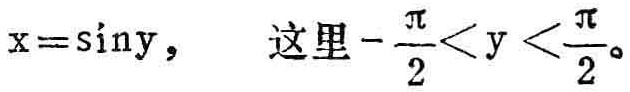
$x = \sin y,\quad 这里-\frac{\pi}{2}<y<\frac{\pi}{2}。$